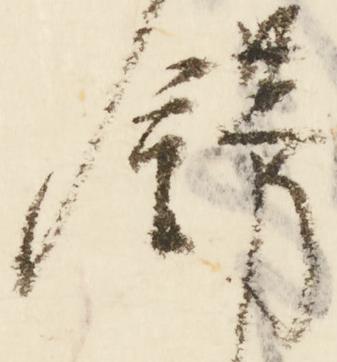
飾